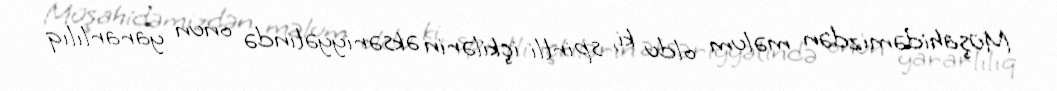
Müşahidəmizdən məlum oldu ki, spirtli içkilərin əksəriyyətində onun yararlılıq